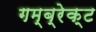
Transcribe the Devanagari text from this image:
गम्ब्रेक्ट